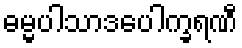
ဓမ္မပါသာဒပေါက္ခရဏီ